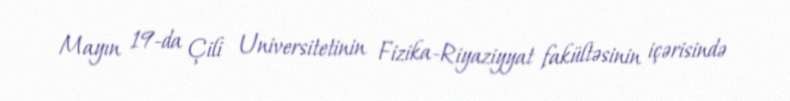
Mayın 19-da Çili Universitetinin Fizika-Riyaziyyat fakültəsinin içərisində